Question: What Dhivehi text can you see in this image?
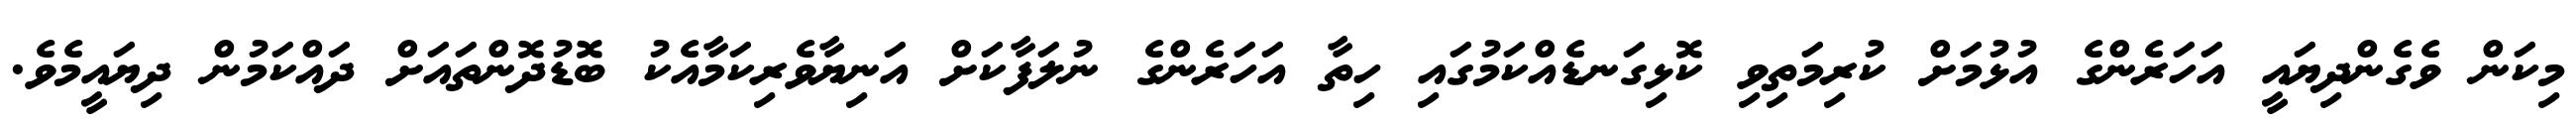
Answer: މިކަން ވެގެންދިޔައީ އަހަރެންގެ އުޅުމަށް ކުރިމަތިވި ކޮޅިގަނޑެއްކަމުގައި ހިތާ އަހަރެންގެ ނުލަފާކަށް އަނިޔާވެރިކަމާއެކު ބޮޑުދޮންތައަށް ދައްކަމުން ދިޔައީމެވެ.